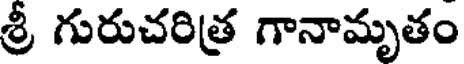
శ్రీ గురుచరిత్ర గానామృతం